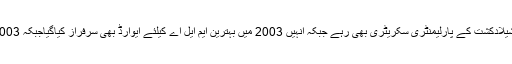
اس کے علاوہ وہ دہلی کی وزیراعلیٰ شیلادکشت کے پارلیمنٹری سکریٹری بھی رہے جبکہ انہیں 2003 میں بہترین ایم ایل اے کیلئے ایوارڈ بھی سرفراز کیاگیاجبکہ 2003میں اسمبلی اسپیکر بھی بنائے گئے۔